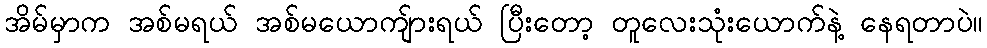
အိမ်မှာက အစ်မရယ် အစ်မယောကျ်ားရယ် ပြီးတော့ တူလေးသုံးယောက်နဲ့ နေရတာပဲ။